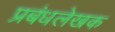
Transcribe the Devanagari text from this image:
प्रबंधलेखक